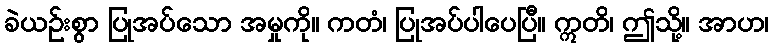
ခဲယဉ်းစွာ ပြုအပ်သော အမှုကို။ ကတံ၊ ပြုအပ်ပါပေပြီ။ ဣတိ၊ ဤသို့။ အာဟ၊